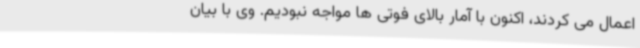
اعمال می کردند، اکنون با آمار بالای فوتی ها مواجه نبودیم. وی با بیان